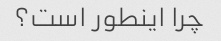
چرا اینطور است؟